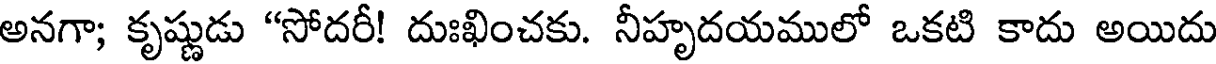
అనగా; కృష్ణుడు "సోదరీ! దుఃఖించకు. నీహృదయములో ఒకటి కాదు అయిదు